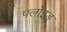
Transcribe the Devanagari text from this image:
फ्लोइड